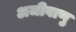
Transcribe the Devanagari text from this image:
अजीवाणु